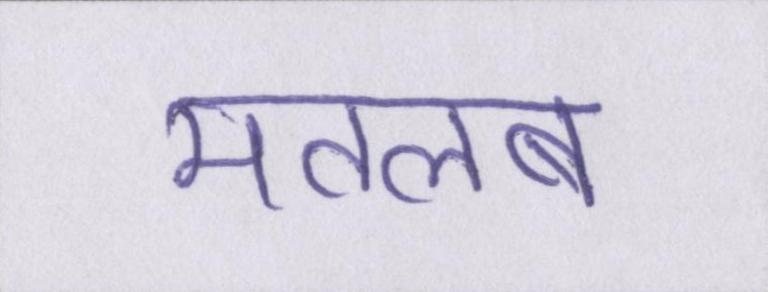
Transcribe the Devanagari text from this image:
मतलब